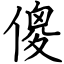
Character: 傻